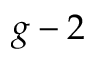
g - 2